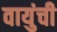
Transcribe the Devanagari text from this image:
वायुंची